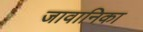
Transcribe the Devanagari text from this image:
जावानिका